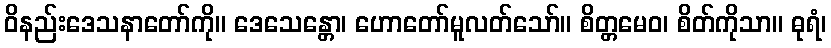
ဝိနည်းဒေသနာတော်ကို။ ဒေသေန္တော၊ ဟောတော်မူလတ်သော်။ စိတ္တမေဝ၊ စိတ်ကိုသာ။ ဓုရံ၊